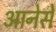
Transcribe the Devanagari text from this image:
आनेसे